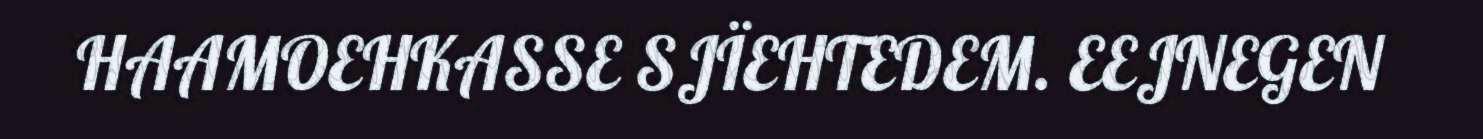
HAAMOEHKASSE SJÏEHTEDEM. EEJNEGEN